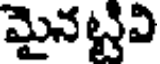
మైనట్టఏ